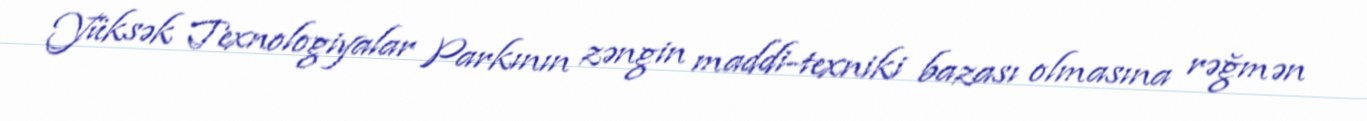
Yüksək Texnologiyalar Parkının zəngin maddi-texniki bazası olmasına rəğmən